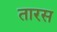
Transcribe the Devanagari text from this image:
तारस